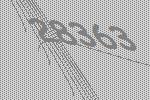
28363